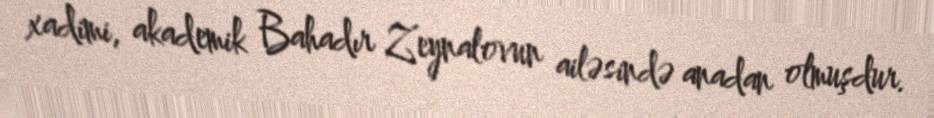
xadimi, akademik Bahadır Zeynalovun ailəsində anadan olmuşdur.